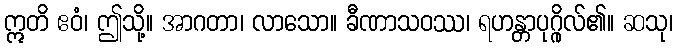
ဣတိ ဧဝံ၊ ဤသို့။ အာဂတာ၊ လာသော။ ခီဏာသဝဿ၊ ရဟန္တာပုဂ္ဂိုလ်၏။ ဆသု၊